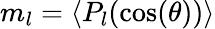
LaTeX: m_{l}=\langle P_{l}(\cos(\theta))\rangle